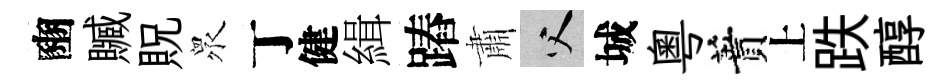
豳贓貺衆丁健緝蹖肅父城粵蕡上跌醇